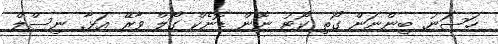
ހަސަނު